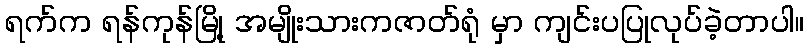
ရက်က ရန်ကုန်မြို့ အမျိုးသားကဇာတ်ရုံ မှာ ကျင်းပပြုလုပ်ခဲ့တာပါ။